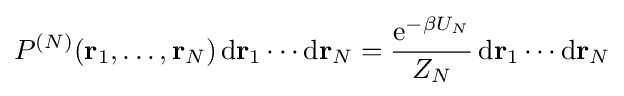
P^{(N)}(\mathbf {r} _{1},\ldots ,\mathbf {r} _{N})\,\mathrm {d} \mathbf {r} _{1}\cdots \mathrm {d} \mathbf {r} _{N}={\frac {\mathrm {e} ^{-\beta U_{N}}}{Z_{N}}}\,\mathrm {d} \mathbf {r} _{1}\cdots \mathrm {d} \mathbf {r} _{N}